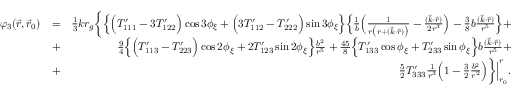
\begin{array} { r l r } { \varphi _ { 3 } ( \vec { r } , \vec { r } _ { 0 } ) } & { = } & { { \textstyle \frac { 1 } { 3 } } k r _ { g } \bigg \{ \Big \{ \Big ( { \cal T } _ { 1 1 1 } ^ { \prime } - 3 { \cal T } _ { 1 2 2 } ^ { \prime } \Big ) \cos 3 \phi _ { \xi } + \Big ( 3 { \cal T } _ { 1 1 2 } ^ { \prime } - { \cal T } _ { 2 2 2 } ^ { \prime } \Big ) \sin 3 \phi _ { \xi } \Big \} \Big \{ \frac { 1 } { b } \Big ( \frac { 1 } { r \big ( r + ( \vec { k } \cdot \vec { r } ) \big ) } - \frac { ( \vec { k } \cdot \vec { r } ) } { 2 r ^ { 3 } } \Big ) - { \textstyle \frac { 3 } { 8 } } b \frac { ( \vec { k } \cdot \vec { r } ) } { r ^ { 5 } } \Big \} + } \\ & { + } & { { \textstyle \frac { 9 } { 4 } } \Big \{ \Big ( { \cal T } _ { 1 1 3 } ^ { \prime } - { \cal T } _ { 2 2 3 } ^ { \prime } \Big ) \cos 2 \phi _ { \xi } + 2 { \cal T } _ { 1 2 3 } ^ { \prime } \sin 2 \phi _ { \xi } \Big \} \frac { b ^ { 2 } } { r ^ { 5 } } + { \textstyle \frac { 4 5 } { 8 } } \Big \{ { \cal T } _ { 1 3 3 } ^ { \prime } \cos \phi _ { \xi } + { \cal T } _ { 2 3 3 } ^ { \prime } \sin \phi _ { \xi } \Big \} b \frac { ( \vec { k } \cdot \vec { r } ) } { r ^ { 5 } } + } \\ & { + } & { { \textstyle \frac { 5 } { 2 } } { \cal T } _ { 3 3 3 } ^ { \prime } \frac { 1 } { r ^ { 3 } } \Big ( 1 - { \textstyle \frac { 3 } { 2 } } \frac { b ^ { 2 } } { r ^ { 2 } } \Big ) \bigg \} \Big | _ { r _ { 0 } } ^ { r } . } \end{array}